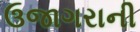
ઉજાગરાની